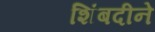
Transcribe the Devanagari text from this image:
शिंबदीने